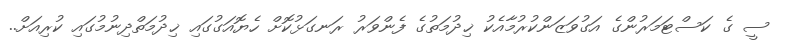
ސީ ގެ ކަސްޓަމަރުންގެ އަގުވަޒަންކުރުމާއެކު ޚިދުމަތުގެ ފެންވަރު ރަނގަޅުކޮށް ހެޔޮއަގުގައި ޚިދުމަތްދިނުމުގައި ކުރިއަށް..